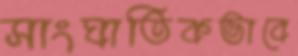
সাংঘাতিকভাবে